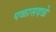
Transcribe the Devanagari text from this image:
पळासदळे